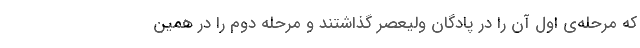
که مرحله‌ی اول آن را در پادگان ولیعصر گذاشتند و مرحله دوم را در همین